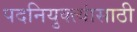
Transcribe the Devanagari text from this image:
पदनियुक्त्यांसाठी